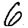
Digit: 6